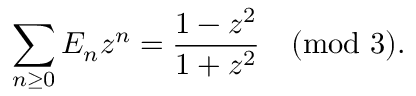
\sum _ { n \geq 0 } E _ { n } z ^ { n } = { \frac { 1 - z ^ { 2 } } { 1 + z ^ { 2 } } } { \pmod { 3 } } .